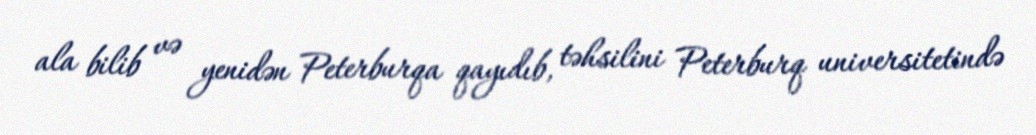
ala bilib və yenidən Peterburqa qayıdıb, təhsilini Peterburq universitetində